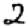
Digit: 2